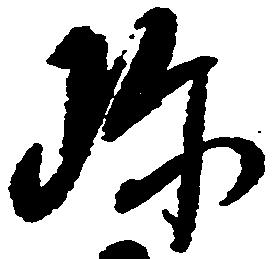
珍